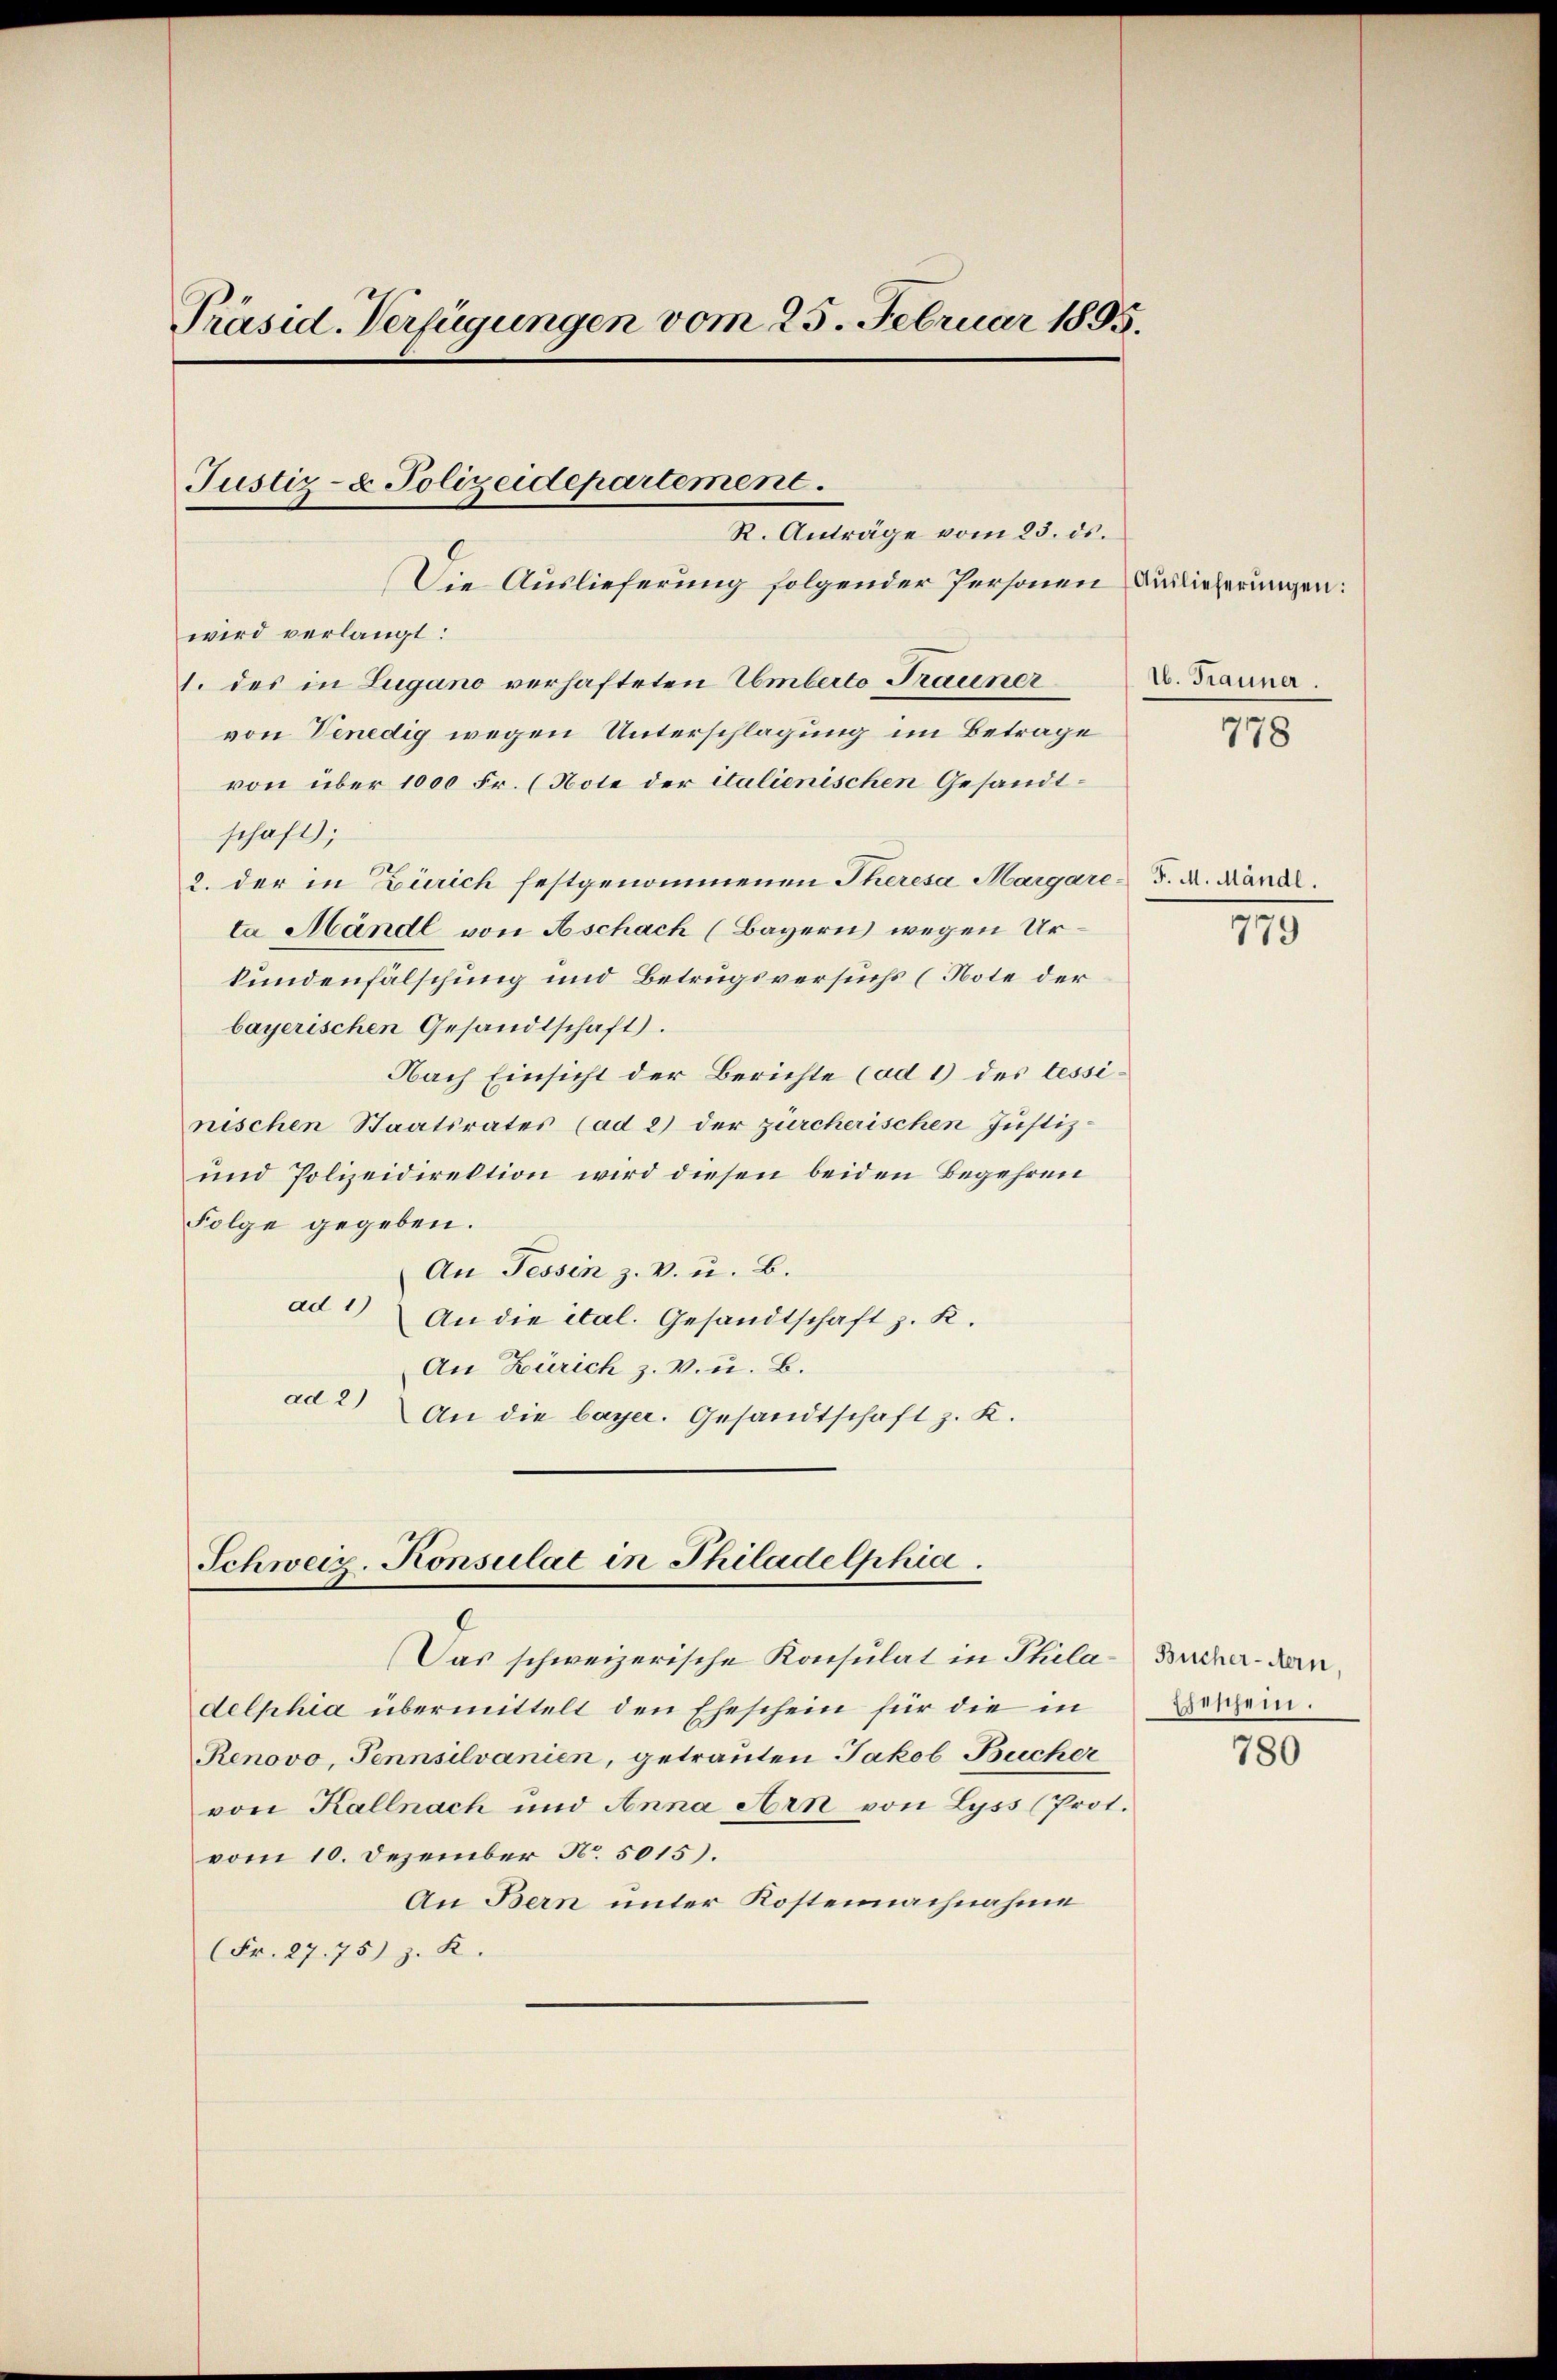
Präsid. Verfügungen vom 25. Februar 1895.

Justiz- & Polizeidepartement.

Die Auslieferung folgender Personen Auslieferungen:
wird verlangt:
1. des in Lugano verhafteten Lemberto Trauner
von Venedig wegen Unterschlagung im Betrage
von über 1000 Fr. (Note der italienischen Gesandtschaft;
2. der in Zürich festgenommenen Theresa Margare-F. A. Kanal.
ta Mändl von Aschach (Bayern wegen Urkundenfälschung und Betrugsversuchs (Note der
bayerischen Gesandtschaft).
Nach Einsicht der Berichte (ad 1) des Tessinischen Staatsrates (ad 2) der zürcherischen Justiz-
und Polizeidirektion wird diesen beiden Begehren
Folge gegeben.
An Tessin z. v. u. B.
ad 1
An die ital. Gesandtschaft z. K.
An Zürich z. B. u. B.
ad 2) An die bayer. Gesandtschaft z. K.

R. Anträge vom 23. ds.

Schweiz. Konsulat in Philadelphia
8

Das schweizerische Konsulat in Phila-Bucherdandelphia übermittelt den Eheschein für die in
l
Renovo, Tennsilvanien, getrauten Jakob Bucher
von Kallnach und Anna Arn von Lyss (Prot.
vom 10. Dezember No. 5015).
An Bern unter Kostennachnahme
(Fr. 27. 75) z. K.

16. Frauner.
778

779

Eheschein.
780